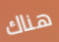
هناك